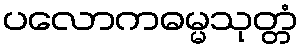
ပလောကဓမ္မသုတ္တံ